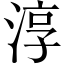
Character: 淳